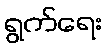
ရွက်ရေး